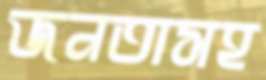
জনতাসহ